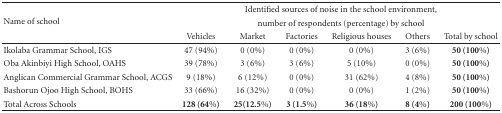
| <ROWSPAN=3> Name of school | <COLSPAN=6> Identified sources of noise in the school environment, |
 | <COLSPAN=6> number of respondents (percentage) by school |
 | Vehicles | Market | Factories | Religious houses | Others | Total by school |
 | --- | --- | --- | --- | --- | --- | --- |
 | Ikolaba Grammar School, IGS | 47 (94%) | 0 (0%) | 0 (0%) | 0 (0%) | 3 (6%) | 50 (100%) |
 | Oba Akinbiyi High School, OAHS | 39 (78%) | 3 (6%) | 3 (6%) | 5 (10%) | 0 (0%) | 50 (100%) |
 | Anglican Commercial Grammar School, ACGS | 9 (18%) | 6 (12%) | 0 (0%) | 31 (62%) | 4 (8%) | 50 (100%) |
 | Bashorun Ojoo High School, BOHS | 33 (66%) | 16 (32%) | 0 (0%) | 0 (0%) | 1 (2%) | 50 (100%) |
 | Total Across Schools | 128 (64%) | 25(12.5%) | 3 (1.5%) | 36 (18%) | 8 (4%) | 200 (100%) |